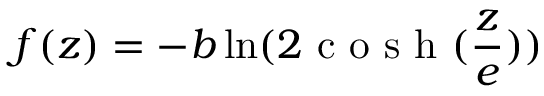
f ( z ) = - b \ln ( 2 \textrm { c o s h } ( \frac { z } { e } ) )